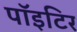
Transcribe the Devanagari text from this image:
पाॅइटिर